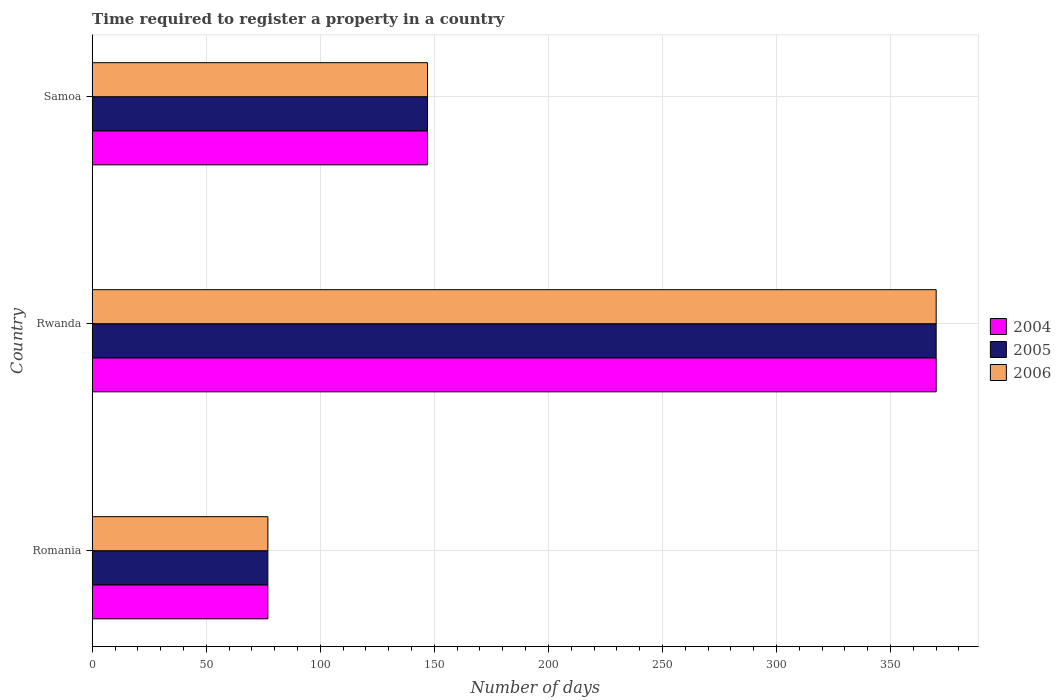
| Country | 2004 | 2005 | 2006 |
 | --- | --- | --- | --- |
 | Romania | 77 | 77 | 77 |
 | Rwanda | 370 | 370 | 370 |
 | Samoa | 147 | 147 | 147 |